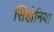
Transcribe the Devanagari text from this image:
सिंहोनिया